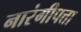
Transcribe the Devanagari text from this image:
नारंगीपत्ता